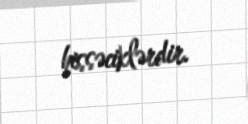
hissəciklərdir.